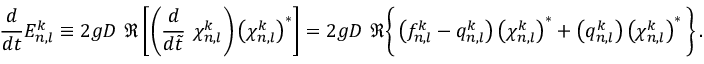
\frac { d } { d t } E _ { n , l } ^ { k } \equiv 2 g D \ \Re \left[ \left( \frac { d } { d \Tilde { t } } \ \chi _ { n , l } ^ { k } \right) \left( \chi _ { n , l } ^ { k } \right) ^ { * } \right] = 2 g D \ \Re \Bigg \{ \left( f _ { n , l } ^ { k } - q _ { n , l } ^ { k } \right) \left( \chi _ { n , l } ^ { k } \right) ^ { * } + \left( q _ { n , l } ^ { k } \right) \left( \chi _ { n , l } ^ { k } \right) ^ { * } \Bigg \} \, .